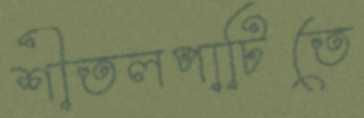
শীতলপাটিতে